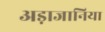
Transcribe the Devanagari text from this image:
अड़ाजानिया